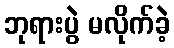
ဘုရားပွဲ မလိုက်ခဲ့